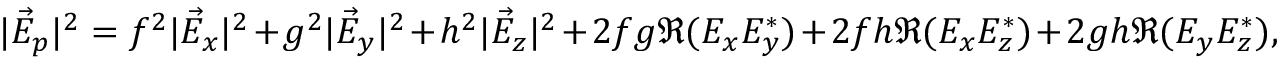
| \vec { E } _ { p } | ^ { 2 } = f ^ { 2 } | \vec { E } _ { x } | ^ { 2 } + g ^ { 2 } | \vec { E } _ { y } | ^ { 2 } + h ^ { 2 } | \vec { E } _ { z } | ^ { 2 } + 2 f g \Re ( E _ { x } E _ { y } ^ { * } ) + 2 f h \Re ( E _ { x } E _ { z } ^ { * } ) + 2 g h \Re ( E _ { y } E _ { z } ^ { * } ) ,